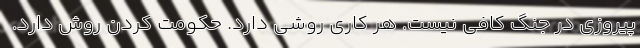
پیروزی در جنگ کافی نیست. هر کاری روشی دارد. حکومت کردن روش دارد.